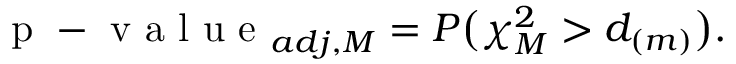
\mathrm { ~ p ~ - ~ v ~ a ~ l ~ u ~ e ~ } _ { a d j , M } = P \bigl ( \chi _ { M } ^ { 2 } > d _ { ( m ) } \bigl ) .